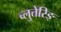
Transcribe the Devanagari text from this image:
च्लुत्तेरिङ्